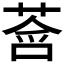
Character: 𫟓